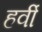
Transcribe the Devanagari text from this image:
हर्वी